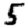
Digit: 5